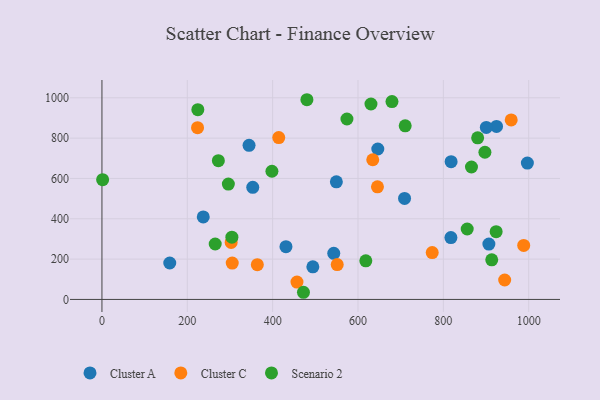
{"axis": {"x": "Speed", "y": "Exam Score"}, "legend": ["Cluster A", "Cluster C", "Scenario 2"], "data": [{"x": "924.6", "y": 857.9, "type": "Cluster A"}, {"x": "543.2", "y": 228.6, "type": "Cluster A"}, {"x": "549.3", "y": 583.3, "type": "Cluster A"}, {"x": "709.1", "y": 500.8, "type": "Cluster A"}, {"x": "996.9", "y": 676.5, "type": "Cluster A"}, {"x": "237.4", "y": 409.4, "type": "Cluster A"}, {"x": "158.9", "y": 180.8, "type": "Cluster A"}, {"x": "353.4", "y": 555.8, "type": "Cluster A"}, {"x": "431.2", "y": 261.8, "type": "Cluster A"}, {"x": "646.4", "y": 746.2, "type": "Cluster A"}, {"x": "817.7", "y": 306.8, "type": "Cluster A"}, {"x": "818.2", "y": 683.0, "type": "Cluster A"}, {"x": "494.2", "y": 161.5, "type": "Cluster A"}, {"x": "906.7", "y": 274.4, "type": "Cluster A"}, {"x": "344.7", "y": 764.2, "type": "Cluster A"}, {"x": "900.7", "y": 853.1, "type": "Cluster A"}, {"x": "645.6", "y": 558.4, "type": "Cluster C"}, {"x": "224.0", "y": 852.0, "type": "Cluster C"}, {"x": "457.0", "y": 86.3, "type": "Cluster C"}, {"x": "634.6", "y": 692.8, "type": "Cluster C"}, {"x": "773.9", "y": 232.2, "type": "Cluster C"}, {"x": "959.0", "y": 890.2, "type": "Cluster C"}, {"x": "414.3", "y": 802.7, "type": "Cluster C"}, {"x": "988.3", "y": 267.7, "type": "Cluster C"}, {"x": "364.1", "y": 172.4, "type": "Cluster C"}, {"x": "305.3", "y": 180.3, "type": "Cluster C"}, {"x": "302.8", "y": 282.6, "type": "Cluster C"}, {"x": "943.7", "y": 96.5, "type": "Cluster C"}, {"x": "551.3", "y": 172.7, "type": "Cluster C"}, {"x": "679.6", "y": 981.5, "type": "Scenario 2"}, {"x": "296.2", "y": 571.9, "type": "Scenario 2"}, {"x": "472.2", "y": 35.5, "type": "Scenario 2"}, {"x": "272.8", "y": 688.3, "type": "Scenario 2"}, {"x": "880.4", "y": 801.3, "type": "Scenario 2"}, {"x": "304.5", "y": 309.0, "type": "Scenario 2"}, {"x": "480.3", "y": 990.5, "type": "Scenario 2"}, {"x": "865.9", "y": 656.8, "type": "Scenario 2"}, {"x": "630.4", "y": 969.4, "type": "Scenario 2"}, {"x": "913.4", "y": 196.2, "type": "Scenario 2"}, {"x": "855.9", "y": 349.3, "type": "Scenario 2"}, {"x": "923.7", "y": 336.2, "type": "Scenario 2"}, {"x": "265.4", "y": 274.9, "type": "Scenario 2"}, {"x": "1.6", "y": 594.0, "type": "Scenario 2"}, {"x": "398.3", "y": 635.8, "type": "Scenario 2"}, {"x": "618.3", "y": 191.4, "type": "Scenario 2"}, {"x": "574.1", "y": 894.8, "type": "Scenario 2"}, {"x": "897.4", "y": 730.1, "type": "Scenario 2"}, {"x": "710.6", "y": 861.1, "type": "Scenario 2"}, {"x": "224.7", "y": 941.2, "type": "Scenario 2"}]}